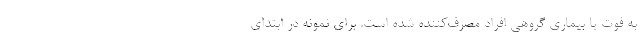
به فوت یا بیماری گروهی افراد مصرف‌کننده شده است. برای نمونه در ابتدای